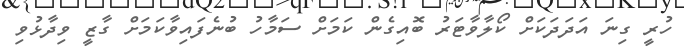
ހުރީ ގިނަ އަދަދަކަށް ކޯލާވާޓަރު ބޮއިގެން ކަމަށް ސަމާހު ބުނެފައިވާކަމަށް ގާޒީ ވިދާޅުވި